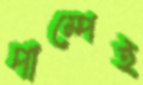
পাম্পেই